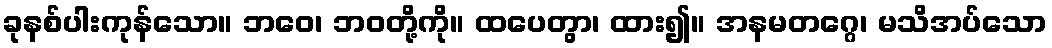
ခုနစ်ပါးကုန်သော။ ဘဝေ၊ ဘဝတို့ကို။ ထပေတွာ၊ ထား၍။ အနမတဂ္ဂေ၊ မသိအပ်သော